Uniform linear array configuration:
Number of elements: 4
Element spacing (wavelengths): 1
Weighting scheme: uniform
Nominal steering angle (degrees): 60
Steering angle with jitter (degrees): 61.523
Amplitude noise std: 0.05
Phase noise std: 0.05

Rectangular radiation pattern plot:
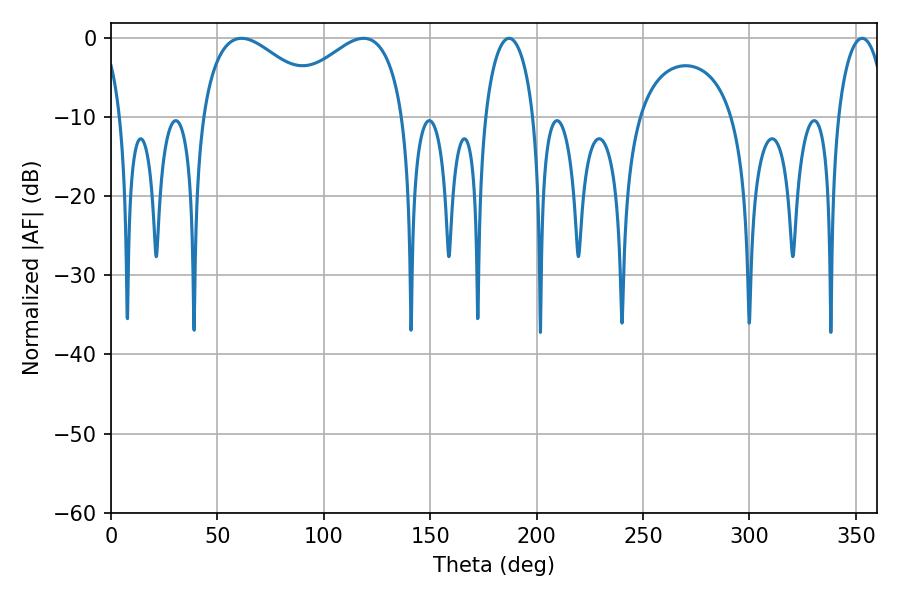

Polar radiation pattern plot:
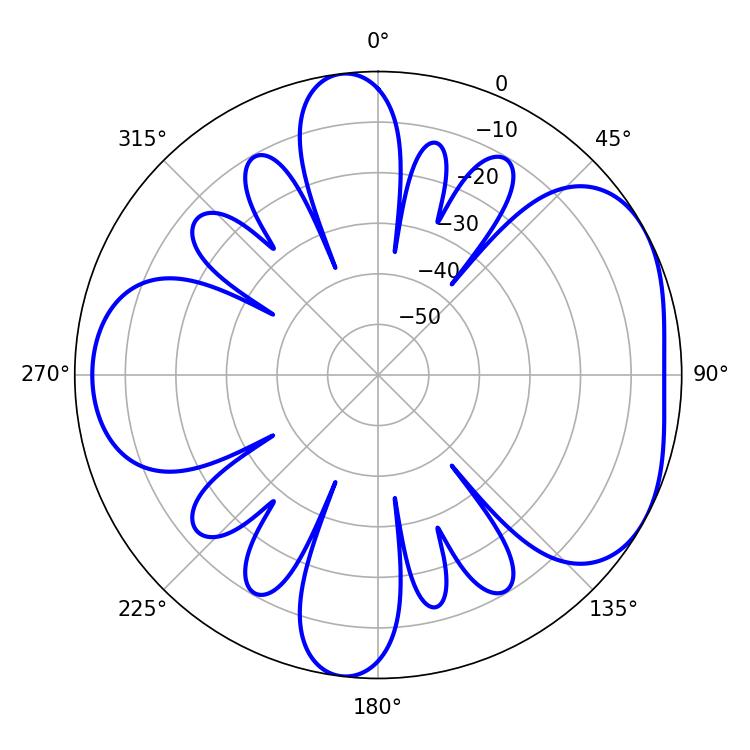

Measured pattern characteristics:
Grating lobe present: TRUE
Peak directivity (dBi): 4.772
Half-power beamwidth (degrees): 13.14
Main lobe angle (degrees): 187.02